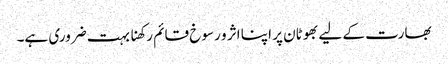
بھارت کے لیے بھوٹان پر اپنا اثر و رسوخ قائم رکھنا بہت ضروری ہے۔